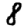
Digit: 8